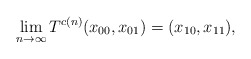
\begin{align*}\lim_{n\to\infty} T^{c(n)}(x_{00}, x_{01})=(x_{10}, x_{11}),\end{align*}